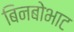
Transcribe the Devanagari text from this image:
बिनबोभाट